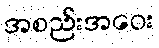
အစည်းအဝေး